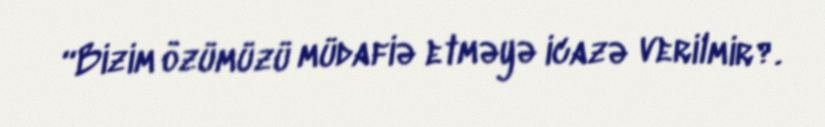
“Bizim özümüzü müdafiə etməyə icazə verilmir?.